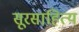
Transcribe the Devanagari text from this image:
सूरसाहित्य